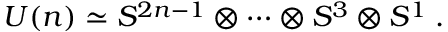
U ( n ) \simeq S ^ { 2 n - 1 } \otimes \cdots \otimes S ^ { 3 } \otimes S ^ { 1 } \; .